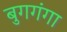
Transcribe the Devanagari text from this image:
बुगगंगा